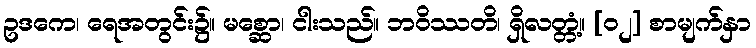
ဥဒကေ၊ ရေအတွင်း၌။ မစ္ဆော၊ ငါးသည်။ ဘဝိဿတိ၊ ရှိလတ္တံ့။ [၀၂] စာမျက်နှာ